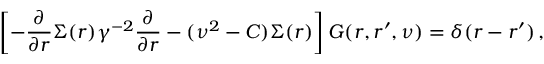
\left[ - \frac { \partial } { \partial r } \Sigma ( r ) \gamma ^ { - 2 } \frac { \partial } { \partial r } - ( \nu ^ { 2 } - C ) \Sigma ( r ) \right] G ( r , r ^ { \prime } , \nu ) = \delta ( r - r ^ { \prime } ) \, ,